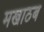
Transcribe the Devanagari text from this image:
मखाठब